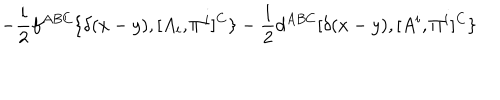
LaTeX: - { \frac { i } { 2 } } f ^ { A B C } \{ \delta ( x - y ) , [ A _ { i } , \Pi ^ { i } ] ^ { C } \} - { \frac { 1 } { 2 } } d ^ { A B C } [ \delta ( x - y ) , [ A ^ { i } , \Pi ^ { i } ] ^ { C } \}